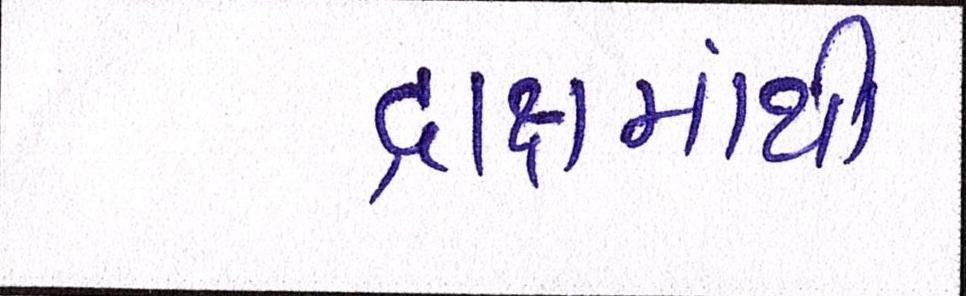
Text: દ્રાક્ષમાંથી